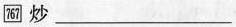
\boxed{767} 炒 ___